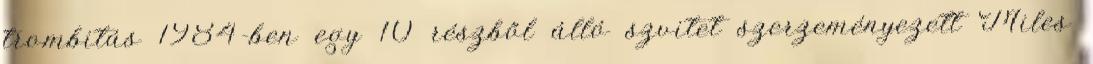
trombitás 1984-ben egy 10 részből álló szvitet szerzeményezett Miles